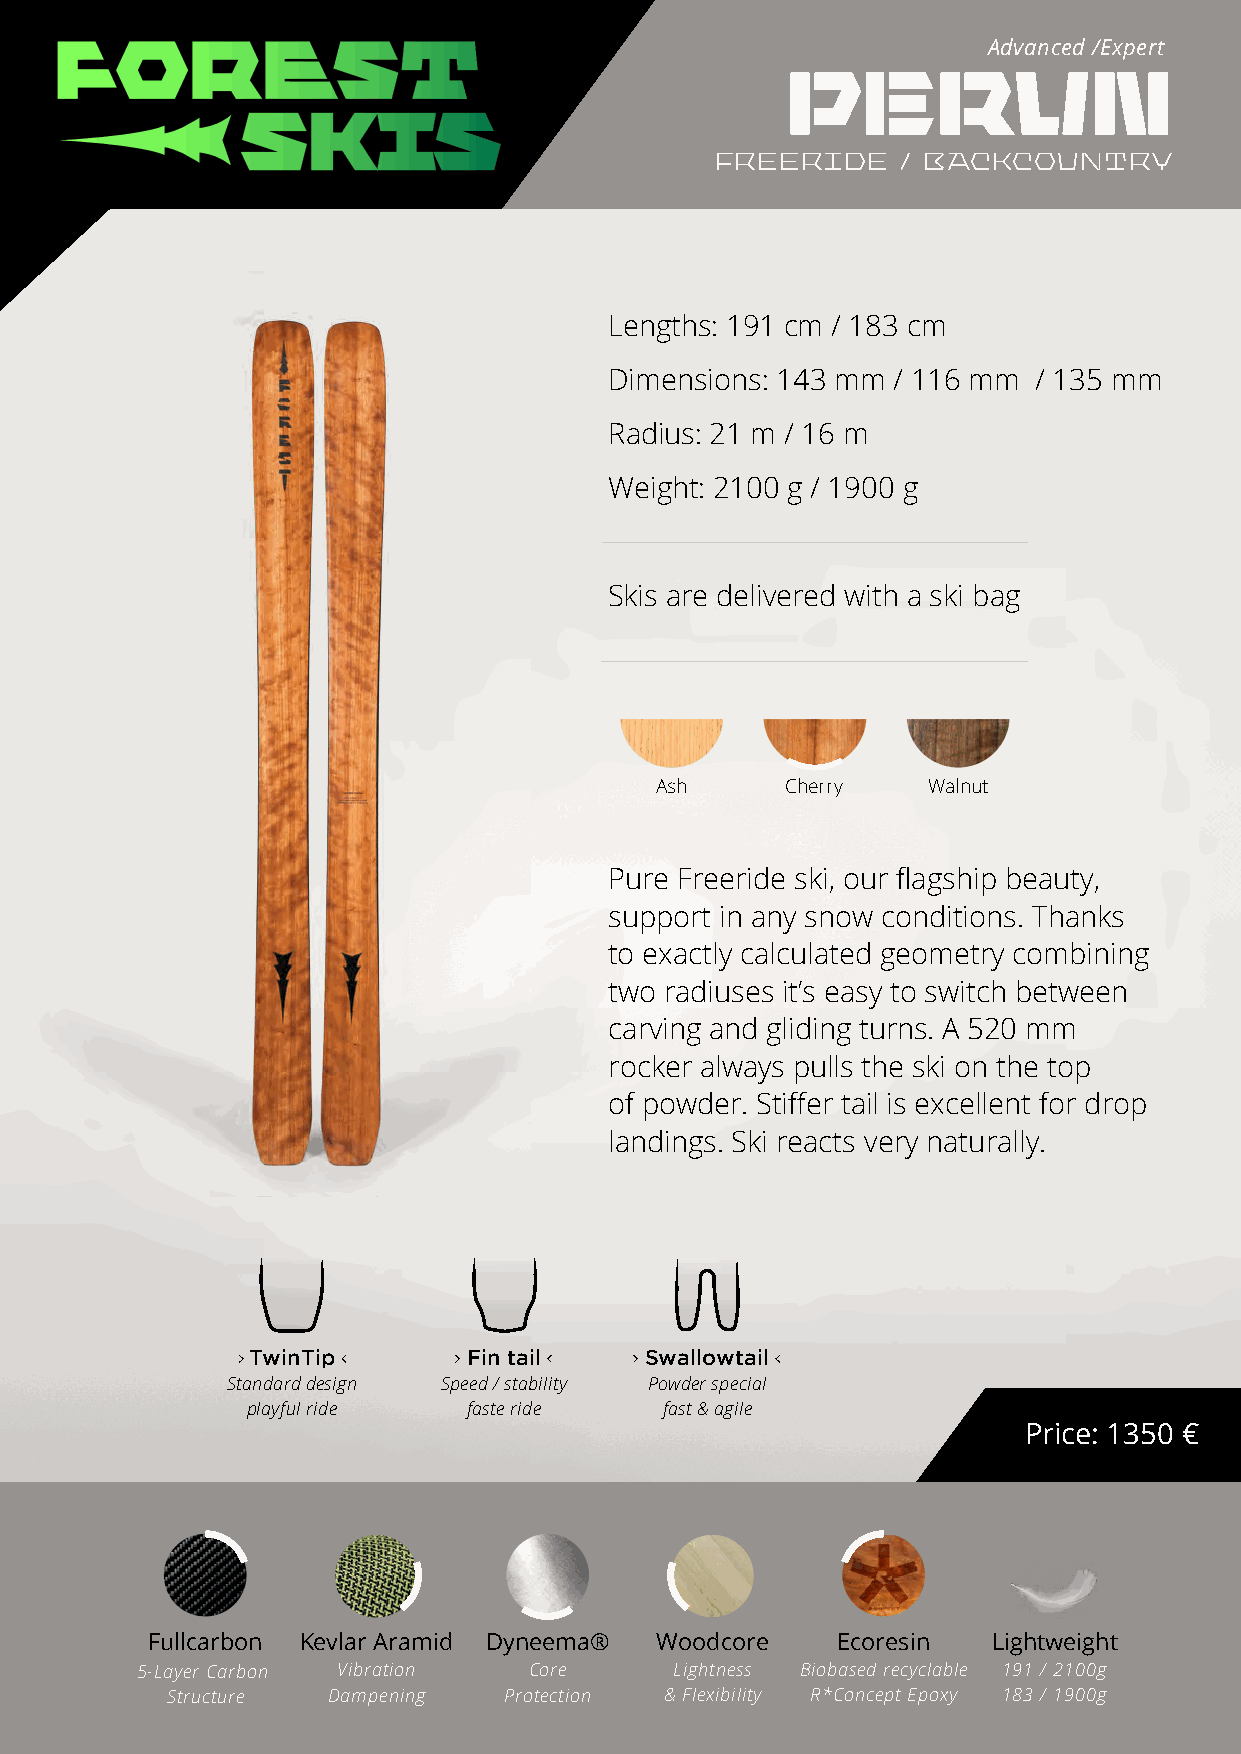
Advanced /Expert
 perun
 freeride     / backcountry
 Lengths: 191 cm / 183 cm
 Dimensions: 143 mm / 116 mm  / 135 mm
 Radius: 21 m / 16 m
 Weight: 2100 g / 1900 g
 Skis are delivered with a ski bag
 Ash      Cherry   Walnut
 Pure Freeride ski, our flagship beauty,
 support in any snow conditions. Thanks
 to exactly calculated geometry combining
 two radiuses it’s easy to switch between
 carving and gliding turns. A 520 mm
 rocker always pulls the ski on the top
 of powder. Stiffer tail is excellent for drop
 landings. Ski reacts very naturally.
 TwinTip TwinTTwipiFniTni ptail Fin tFaiinl Atalpilin AlpinASwlpainllowtSawilaSllowwaltlTaoeiwlletmailarkT tealielTsmealerkm taarikls tails
 Standard deSstiganndSatradnS ddpeaesreidgd n d/ esstiagbnSilpiteyedS /p seFteardeb e/il risittdyaeb tioliutyrFirnegeriFdree teorPiudoreiwn tdgoeurr isnpgecPiaolwdePro swpdeecriH asilpgehclyia flunctiHoingahllyH fiughnlcyt ifounnacltional
 playful rideplayfupl lariydffeuals treid reide faste rfaicdsleates sriicd efeelincglassicc lfaesesliicnfa gfsete l&in aggile fast &f aasgti ls&et aabgliele & respstoanbslievs et&a breles p&o nressivpeonsive
 Price: 1350 €
 Fullcarbon Kevlar Aramid Dyneema® Woodcore   Ecoresin   Lightweight
 5-Layer Carbon Vibration  Core      Lightness Biobased recyclable 191 / 2100g
 Structure  Dampening  Protection & Flexibility R*Concept Epoxy 183 / 1900g